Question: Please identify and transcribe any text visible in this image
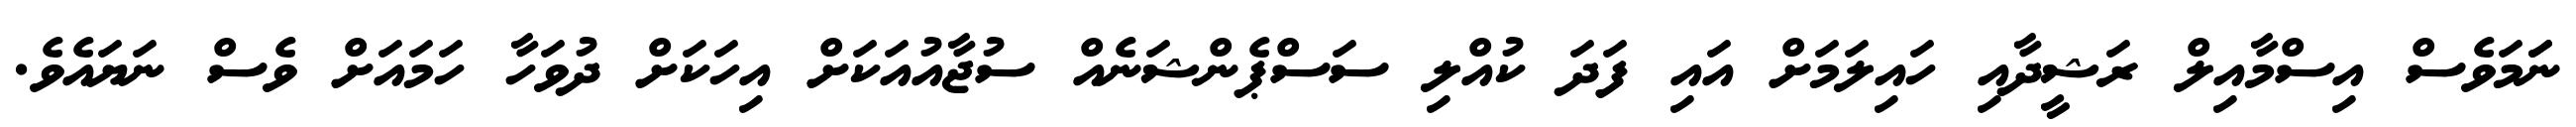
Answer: ނަަމަވެސް އިސްމާއިލް ރަޝީދާއި ހައިލަމަށް އައި ފަދަ ކުއްލި ސަސްޕެންޝަނެއް ސުޖާއުއަކަށް އިހަކަށް ދުވަހާ ހަމައަށް ވެސް ނަޔައެވެ.